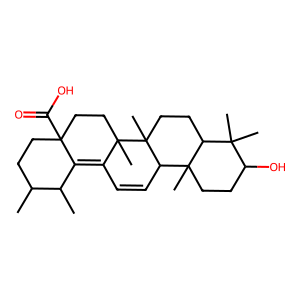
SMILES: CC1CCC2(C(=O)O)CCC3(C)C(=C2C1C)C=CC1C2(C)CCC(O)C(C)(C)C2CCC13C
Inhibits HIV replication: No